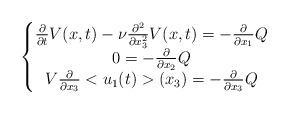
\begin{align*}\left \{\begin{matrix}\frac{\partial}{\partial t}V(x,t)-\nu \frac{\partial^2}{\partial x_3^2}V(x,t)=-\frac{\partial}{\partial x_1}Q \\0=-\frac{\partial}{\partial x_2} Q\\V\frac{\partial}{\partial x_3}<u_1(t)>(x_3)=-\frac{\partial}{\partial x_3} Q\end{matrix}\right.\end{align*}